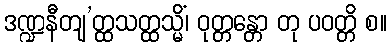
ဒဏ္ဍနီတျ’တ္ထသတ္ထသ္မိံ၊ ဝုတ္တန္တော တု ပဝတ္တိ စ။